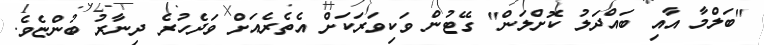
"ބަލްމާ އާއި ބައްދަލު ކޮށްލަން" ގޭޓުން ވަކިވަރަކަށް އެތެރެއަށް ވަދެހުރެ ދިނާރު ބުންޏެވެ.